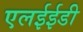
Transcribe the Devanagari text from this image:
एलईईडी